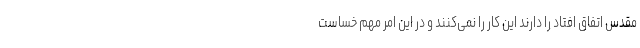
مقدس اتفاق افتاد را دارند این کار را نمی‌کنند و در این امر مهم خساست